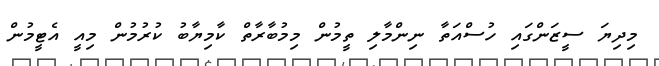
މިދިޔަ ސީޒަންގައި ހުސްއަތާ ނިންމާލި ތީމުން މިމުބާރާތް ކާމިޔާބު ކުރުމުން މިއީ އެޓީމުން